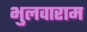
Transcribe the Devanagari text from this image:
भुलवाराम